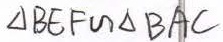
\Delta B E F \sim \Delta B A C